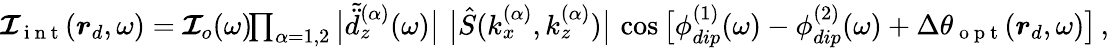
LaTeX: \begin{array}{r}{\boldsymbol{\mathcal{I}}_{\mathrm{~i~n~t~}}(\boldsymbol{r}_{d},\omega)=\boldsymbol{\mathcal{I}}_{o}(\omega)\! \! \prod_{\alpha=1,2}\big|\tilde{\ddot{d}}_{z}^{(\alpha)}(\omega)\big|\, \, \big|\hat{S}(k_{x}^{(\alpha)},k_{z}^{(\alpha)})\big|\, \cos\big[\phi_{dip}^{(1)}(\omega)-\phi_{dip}^{(2)}(\omega)+\Delta\theta_{\mathrm{~o~p~t~}}(\boldsymbol{r}_{d},\omega)\big]\, ,}\end{array}